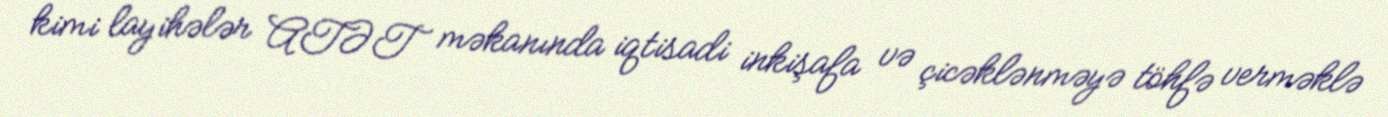
kimi layihələr ATƏT məkanında iqtisadi inkişafa və çicəklənməyə töhfə verməklə